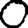
Digit: 0